Scottish Leaving Certificate Examination, 1958
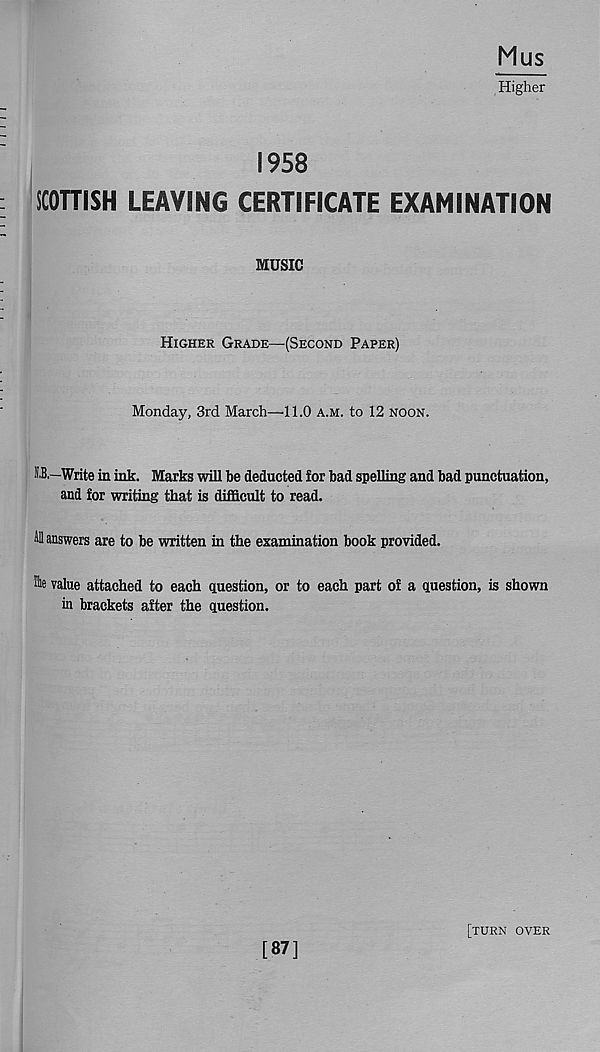
Mus
Higher
1958
SCOTTISH LEAVING CERTIFICATE EXAMINATION
MUSIC
Higher Grade—(Second Paper)
Monday, 3rd March—11.0 a.m. to 12 noon.
SB.—Write in ink. Marks will be deducted for bad spelling and bad punctuation,
and for writing that is difficult to read.
ill answers are to be written in the examination book provided.
The value attached to each question, or to each part of a question, is shown
in brackets after the question.
[87]
[turn over